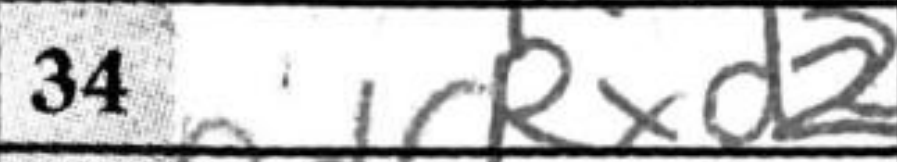
Transcription: Rxd2